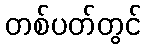
တစ်ပတ်တွင်